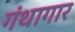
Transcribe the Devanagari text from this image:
गंथागार